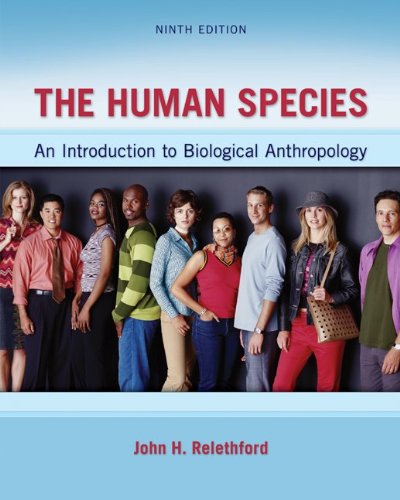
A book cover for The Human Species: An Introduction to Biological Anthropology, 9th Edition; John H. Relethford; Politics & Social Sciences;